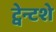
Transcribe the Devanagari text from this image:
ट्वेन्टशे